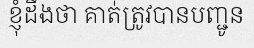
ខ្ញុំដឹងថា គាត់ត្រូវបានបញ្ជូន